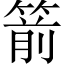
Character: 箭